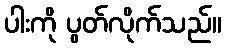
ပါးကို ပွတ်လိုက်သည်။